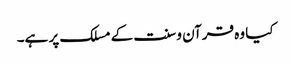
کیا وہ قرآن و سنت کے مسلک پر ہے۔